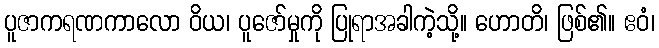
ပူဇာကရဏကာလော ဝိယ၊ ပူဇော်မှုကို ပြုရာအခါကဲ့သို့။ ဟောတိ၊ ဖြစ်၏။ ဧဝံ၊